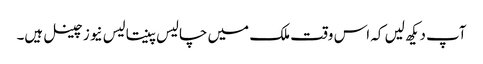
آپ دیکھ لیں کہ اس وقت ملک میں چالیس پینتالیس نیوز چینل ہیں۔